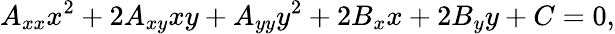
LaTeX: A_{xx}x^{2}+2A_{xy}xy+A_{yy}y^{2}+2B_{x}x+2B_{y}y+C=0,